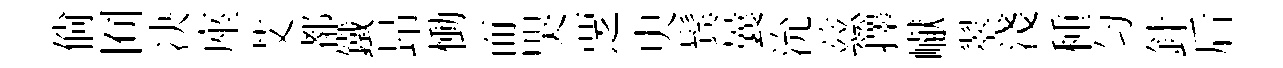
倘囿决座艾都鐵昻慟而哭覂㬰鬂曩沇兹籜𪩘翠淺種匀針后